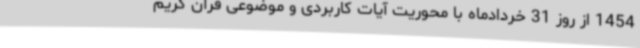
1454 از روز 31 خردادماه با محوریت آیات کاربردی و موضوعی قرآن کریم